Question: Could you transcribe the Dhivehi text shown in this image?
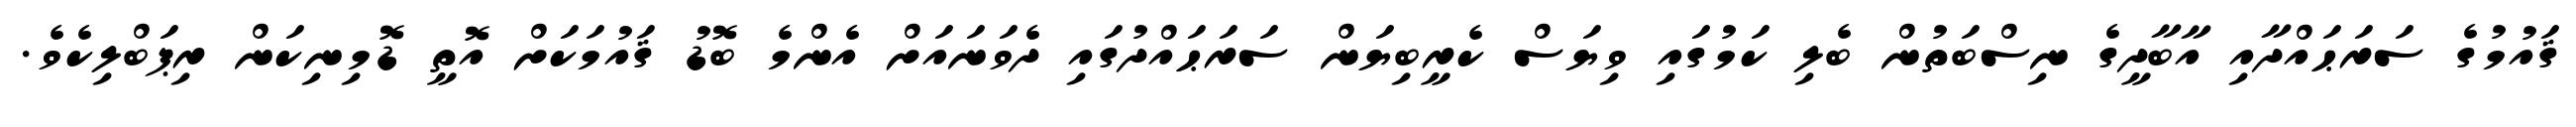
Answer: ޤައުމުގެ ސަރަޙައްދާއި އާބާދީގެ ނިސްބަތުން ބެލި ކަމުގައި ވިޔަސް ކެރީބިޔަން ސަރަޙައްދުގައި ދެވަނައަށް އެންމެ ބޮޑު ޤައުމަކަށް އޮތީ ޑޮމިނިކަން ރިޕަބްލިކެވެ.